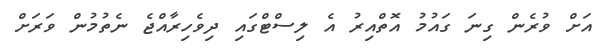
އަށް ވުރެން ގިނަ ގައުމު އޮތްއިރު އެ ލިސްޓްގައި ދިވެހިރާއްޖެ ނެތުމުން ވަރަށް